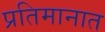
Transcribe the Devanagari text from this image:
प्रतिमानात